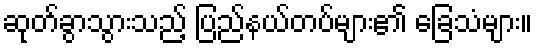
ဆုတ်ခွာသွားသည့် ပြည်နယ်တပ်များ၏ ခြေသံများ။